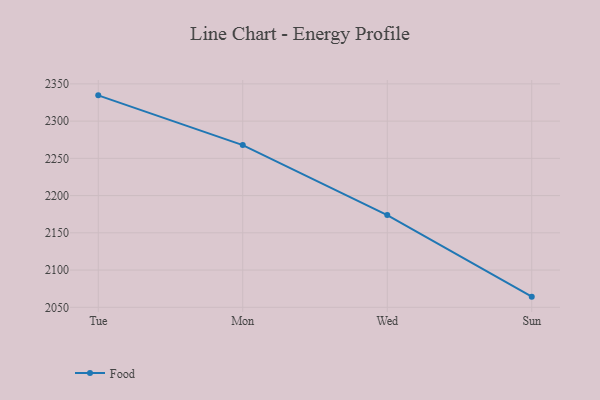
{"axis": {"x": "Day", "y": "Latency (ms)"}, "legend": ["Food"], "data": [{"x": "Tue", "y": 2334.6, "type": "Food"}, {"x": "Mon", "y": 2267.8, "type": "Food"}, {"x": "Wed", "y": 2173.9, "type": "Food"}, {"x": "Sun", "y": 2064.3, "type": "Food"}]}